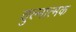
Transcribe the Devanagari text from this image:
तुल्नात्मक